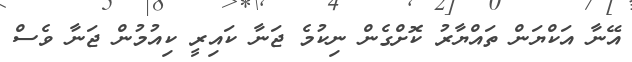
އޭނާ އަކްޔަން ތައްޔާރު ކޮށްގެން ނިކުމެ ޖަނާ ކައިރީ ކިއުމުން ޖަނާ ވެސް